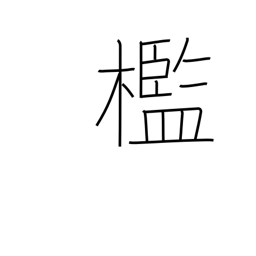
Meaning: cell